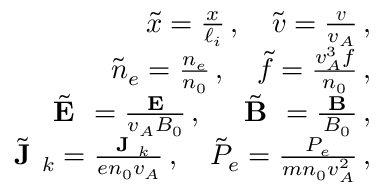
\begin{array} { r l r } & { } & { \tilde { x } = \frac { x } { \ell _ { i } } \, , \quad \tilde { \boldsymbol { v } } = \frac { \boldsymbol { v } } { v _ { A } } \, , } \\ & { } & { \tilde { n } _ { e } = \frac { n _ { e } } { n _ { 0 } } \, , \quad \tilde { f } = \frac { v _ { A } ^ { 3 } f } { n _ { 0 } } \, , } \\ & { } & { \tilde { \textbf { E } } = \frac { \textbf { E } } { v _ { A } B _ { 0 } } \, , \quad \tilde { \textbf { B } } = \frac { \textbf { B } } { B _ { 0 } } \, , } \\ & { } & { \tilde { \textbf { J } } _ { k } = \frac { \textbf { J } _ { k } } { e n _ { 0 } v _ { A } } \, , \quad \tilde { P } _ { e } = \frac { P _ { e } } { m n _ { 0 } v _ { A } ^ { 2 } } \, , } \end{array}